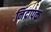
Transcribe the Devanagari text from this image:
निंद्रापक